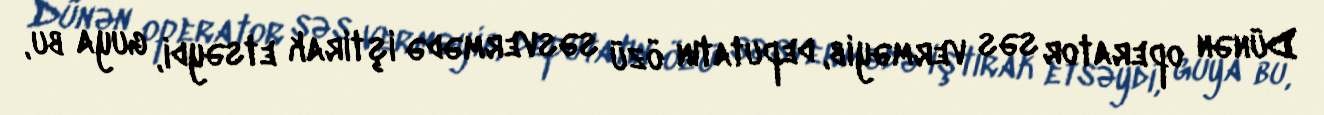
Dünən operator səs verməyib, deputatın özü səsvermədə iştirak etsəydi, guya bu,